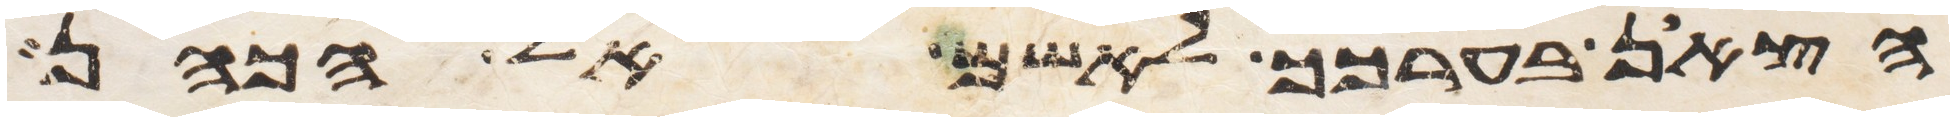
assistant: הצאן בערכך לאשם אל הכהן